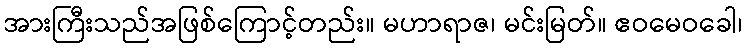
အားကြီးသည်အဖြစ်ကြောင့်တည်း။ မဟာရာဇ၊ မင်းမြတ်။ ဧဝမေဝခေါ၊